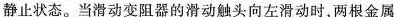
静止状态。当滑动变阻器的滑动触头向左滑动时，两根金属